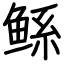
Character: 鲧